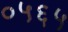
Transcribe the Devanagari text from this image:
०५६५